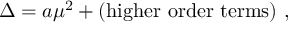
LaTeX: \Delta = a \mu ^ { 2 } + ( \mathrm { h i g h e r \ o r d e r \ t e r m s } ) \ ,